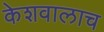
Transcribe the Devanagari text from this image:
केशवालाच